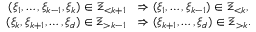
\begin{array} { r l } { ( \xi _ { 1 } , \ldots , \xi _ { k - 1 } , \xi _ { k } ) \in \Xi _ { < k + 1 } } & { \Rightarrow ( \xi _ { 1 } , \ldots , \xi _ { k - 1 } ) \in \Xi _ { < k } , } \\ { ( \xi _ { k } , \xi _ { k + 1 } , \ldots , \xi _ { d } ) \in \Xi _ { > k - 1 } } & { \Rightarrow ( \xi _ { k + 1 } , \ldots , \xi _ { d } ) \in \Xi _ { > k } . } \end{array}